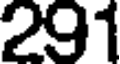
291